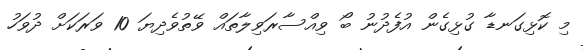
މި ކޮޅިގަނޑާ ގުޅިގެން އުފެދުނު ބޯ ވިއްސާރަވިލާތައް ވޭތުވެދިޔަ 10 ވަރަކަށް ދުވަހު